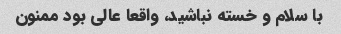
با سلام و خسته نباشید، واقعا عالی بود ممنون